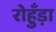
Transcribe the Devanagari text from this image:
रोहुँड़ा